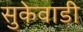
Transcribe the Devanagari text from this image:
सुकेवाडी